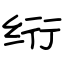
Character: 绗